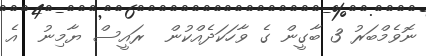
ނޮވެމްބަރު 3 ބާގީން ގެ ވާހަކަދެއްކުން  ރައީސް ޔާމިނު  އެ